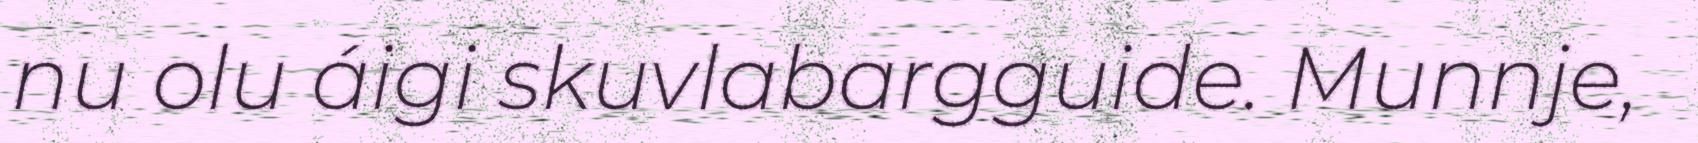
nu olu áigi skuvlabargguide. Munnje,